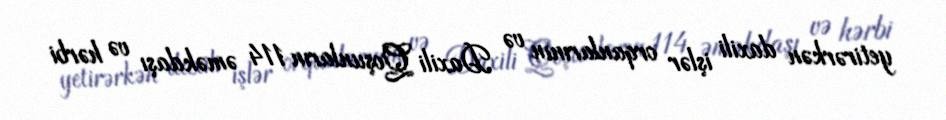
yetirərkən daxili işlər orqanlarının və Daxili Qoşunların 114 əməkdaşı və hərbi